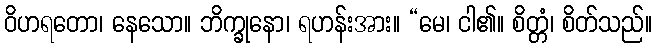
ဝိဟရတော၊ နေသော။ ဘိက္ခုနော၊ ရဟန်းအား။ “မေ၊ ငါ၏။ စိတ္တံ၊ စိတ်သည်။